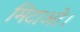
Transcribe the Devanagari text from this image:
मिटाओ।